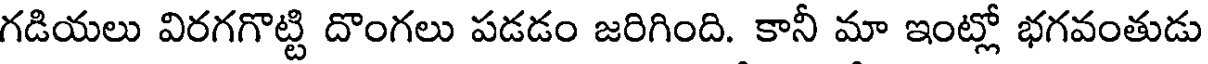
గడియలు విరగగొట్టి దొంగలు పడడం జరిగింది. కానీ మా ఇంట్లో భగవంతుడు